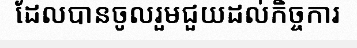
ដែលបានចូលរួមជួយដល់កិច្ចការ